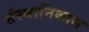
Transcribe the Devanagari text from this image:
संस्थानिकास